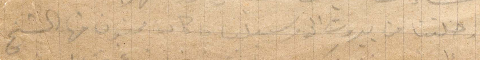
رحلتنا من بيروت إلى مرسيليا ما كان ممنون منها الشيخ